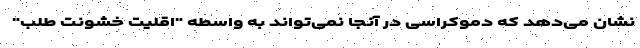
نشان می‌دهد که دموکراسی در آنجا نمی‌تواند به واسطه "اقلیت خشونت طلب"